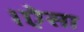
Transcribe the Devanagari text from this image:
।ऐसा